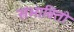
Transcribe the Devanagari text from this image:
संभावितो